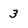
Character: 3